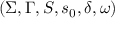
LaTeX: ( \Sigma , \Gamma , S , s _ { 0 } , \delta , \omega )